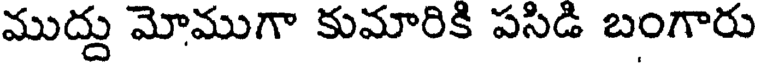
ముద్దు మోముగా కుమారికి పసిడి బంగారు